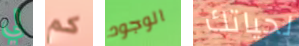
لي كم الوجود لحياتك